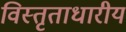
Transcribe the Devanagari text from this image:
विस्तृताधारीय